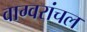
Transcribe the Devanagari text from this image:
वाग्वरांचल